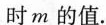
时m的值.